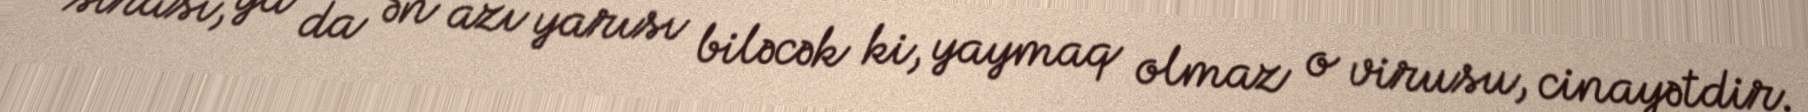
sırası, ya da ən azı yarısı biləcək ki, yaymaq olmaz o virusu, cinayətdir.